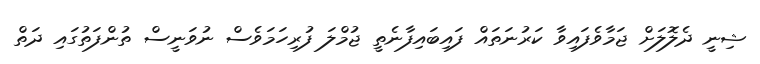
ޝިނީ ދެލޮލަށް ޖަމާވެފައިވާ ކަރުނަތައް ފައިބައިފާނެތީ ޖުމްލަ ފުރިހަމަވެސް ނުވަނީސް ތުންފަތުގައި ދަތް